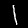
Digit: 1